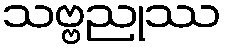
သဗ္ဗညုဿ